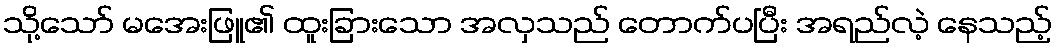
သို့သော် မအေးဖြူ၏ ထူးခြားသော အလှသည် တောက်ပပြီး အရည်လဲ့ နေသည့်